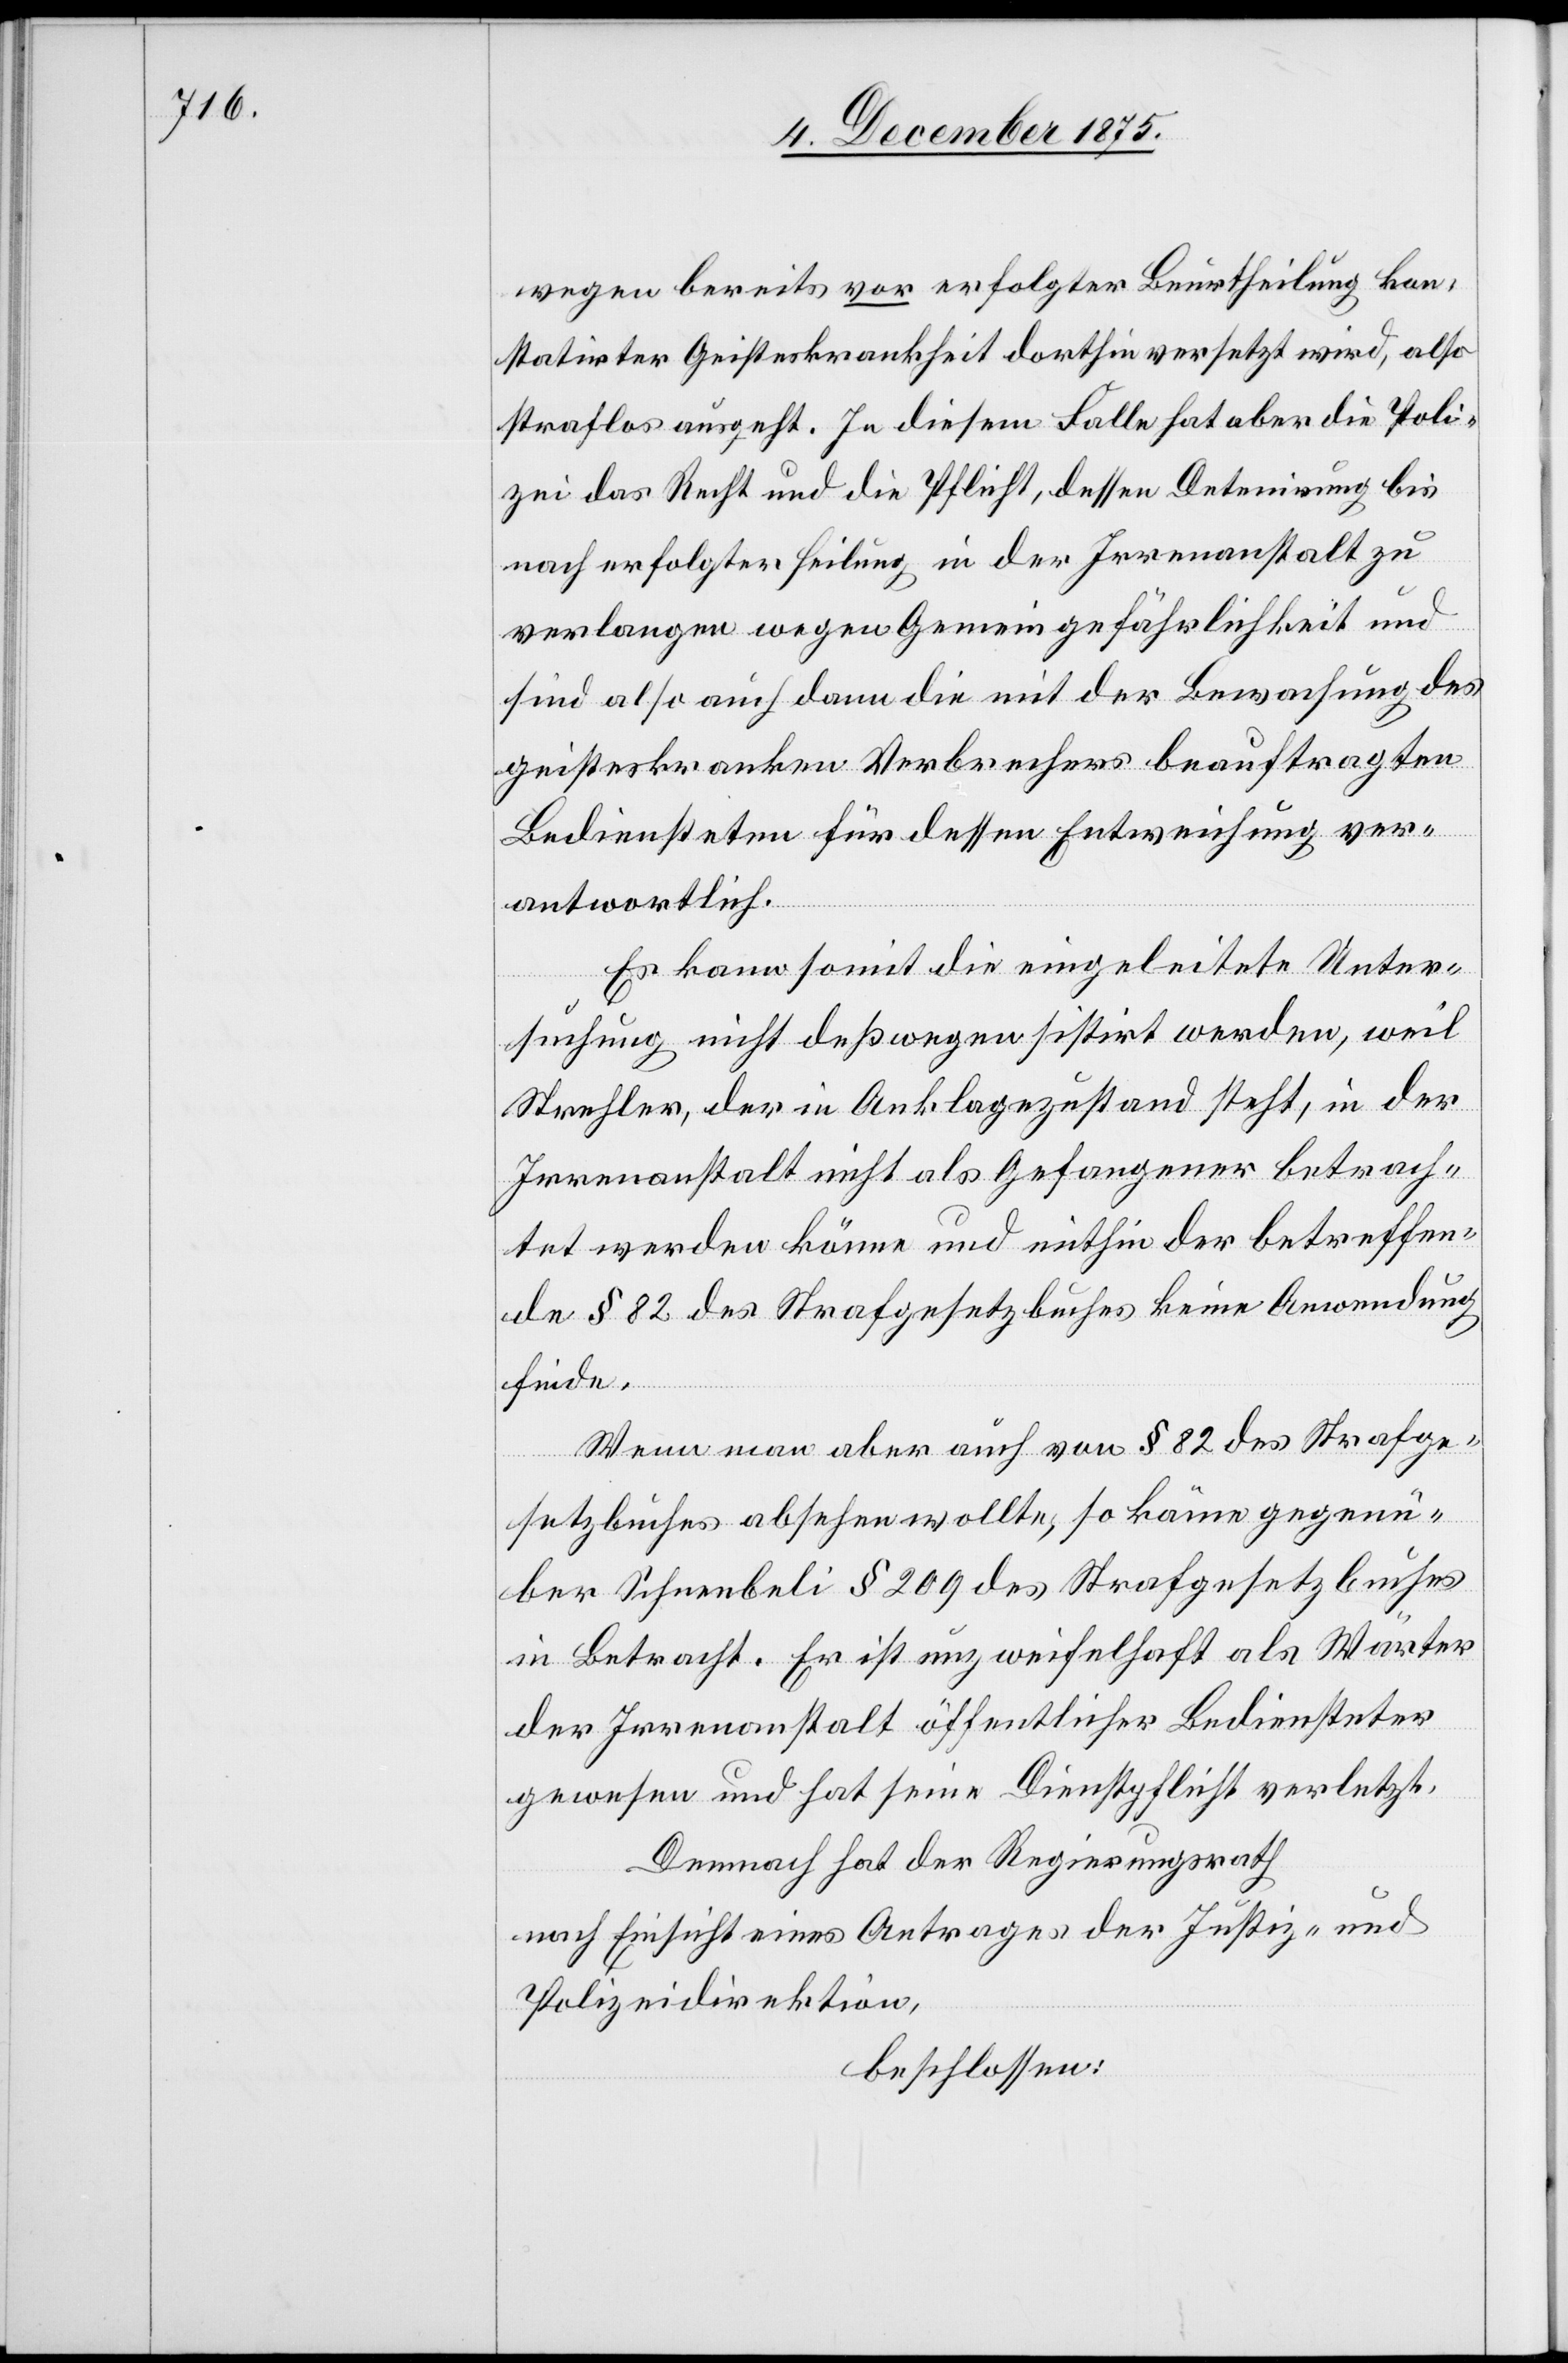
wegen bereits vor erfolgter Beurtheilung kon¬
statirter Geisteskrankheit dorthin versetzt wird, also
straflos ausgeht. In diesem Falle hat aber die Poli¬
zei das Recht und die Pflicht, dessen Detenirung bis
nach erfolgter Heilung in der Irrenanstalt zu
verlangen wegen Gemeingefährlichkeit und
sind also auch dann die mit der Bewachung des
geisteskranken Verbrechers beauftragten
Bediensteten für dessen Entweichung ver¬
antwortlich.
Es kann somit die eingeleitete Unter¬
suchung nicht deßwegen sistirt werden, weil
Strehler, der in Anklagezustand steht, in der
Irrenanstalt nicht als Gefangener betrach¬
tet werden könne und mithin der betreffen¬
de § 82 des Strafgesetzbuches keine Anwendung
finde.
Wenn man aber auch von § 82 des Strafge¬
setzbuches absehen wollte, so käme gegenü¬
ber Schneebeli § 209 des Strafgesetzbuches
in Betracht. Er ist unzweifelhaft als Wärter
der Irrenanstalt öffentlicher Bediensteter
gewesen und hat seine Dienstpflicht verletzt.
Demnach hat der Regierungsrath
nach Einsicht eines Antrages der Justiz- und
Polizeidirektion,
beschlossen: